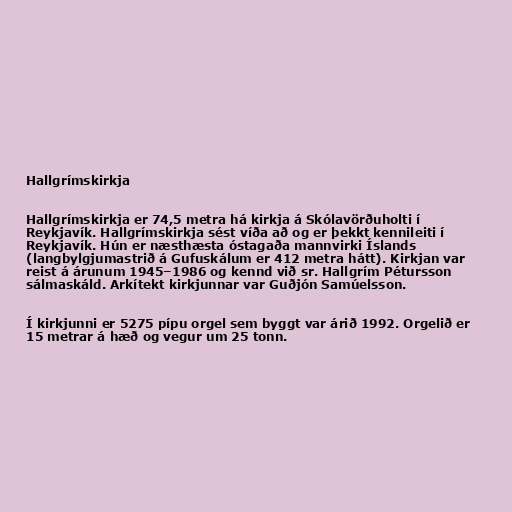
Hallgrímskirkja

Hallgrímskirkja er 74,5 metra há kirkja á Skólavörðuholti í
Reykjavík. Hallgrímskirkja sést víða að og er þekkt kennileiti í
Reykjavík. Hún er næsthæsta óstagaða mannvirki Íslands
(langbylgjumastrið á Gufuskálum er 412 metra hátt). Kirkjan var
reist á árunum 1945–1986 og kennd við sr. Hallgrím Pétursson
sálmaskáld. Arkítekt kirkjunnar var Guðjón Samúelsson.

Í kirkjunni er 5275 pípu orgel sem byggt var árið 1992. Orgelið er
15 metrar á hæð og vegur um 25 tonn.